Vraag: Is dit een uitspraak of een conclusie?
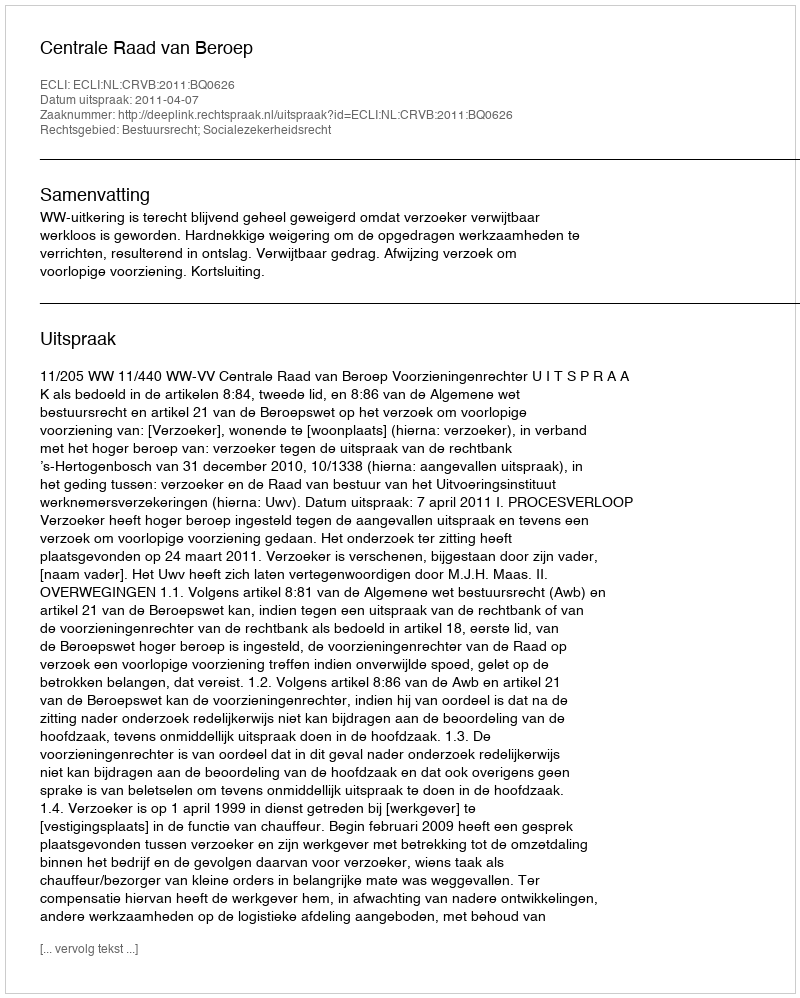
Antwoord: Uitspraak